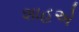
શાહએ